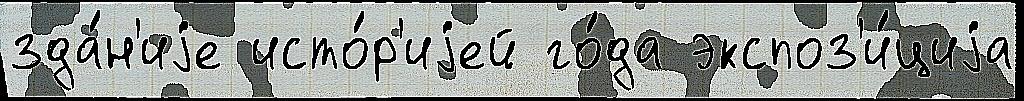
зда́н'иjе исто́р'иjей го́да экспоз'и́циjа